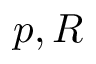
p , R